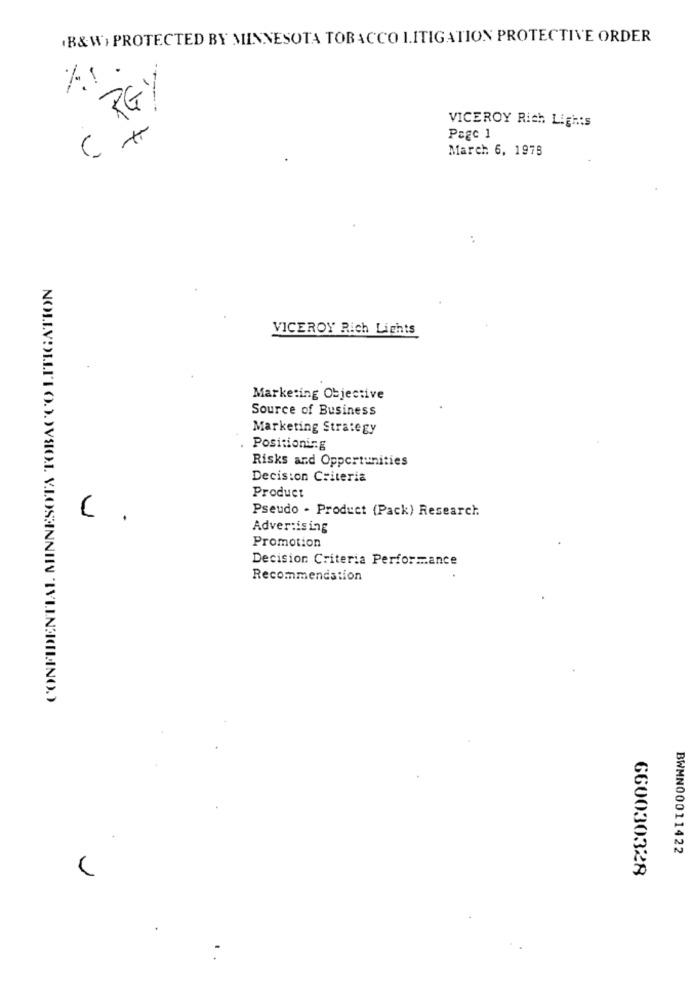
B&W) PROTECTED BY MINNESOTA TOBACCO LITIGATION PROTECTIVE ORDER
RGY
VICEROY Rich Lights
Pagc 1
C *
March 6, 1975
CONFIDENTIAL MINNESOTA TOBACCO LITIGATION
VICEROY Rich Lights
Marketing Objective
Source of Business
Marketing Strategy
Positioning
Risks and Opportunities
Decision Criteria
Product
Pseudo - Product (Pack) Research.
C .
Advertising
Promotion
Decision Criteria Performance
Recommendation
BWMN00011422
660030328